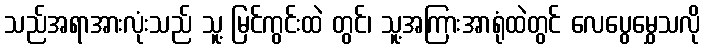
သည်အရာအားလုံးသည် သူ့ မြင်ကွင်းထဲ တွင်၊ သူ့အကြားအာရုံထဲတွင် လေပွေမွှေသလို